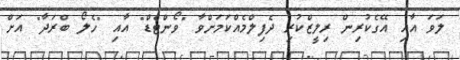
ލަވަ އާއި އޭގެކުރިން ރިލީޒްކުރި ދެފިލްމެއްކަމަށްވާާ "ވޯންޓެޑް" އާއި "ހެލޯ ބްރަދާ" އަށް